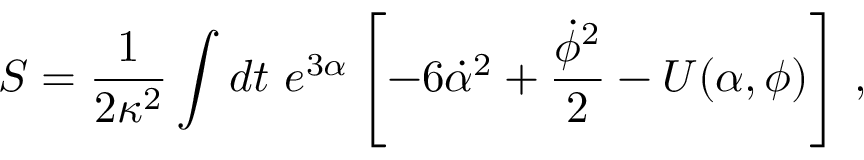
S = \frac { 1 } { 2 \kappa ^ { 2 } } \int { d t \ e ^ { 3 \alpha } \left[ - 6 \dot { \alpha } ^ { 2 } + \frac { \dot { \phi } ^ { 2 } } { 2 } - U ( \alpha , \phi ) \right] } \ ,